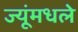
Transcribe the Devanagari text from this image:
ज्यूंमधले